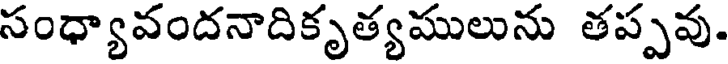
సంధ్యావందనాదికృత్యములును తప్పవు.